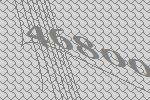
46800